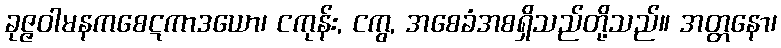
ခုဇ္ဇဝါမနကစေဋကာဒယော၊ ငကုန်း, ငကွ, အစေခံအစရှိသည်တို့သည်။ အတ္တနော၊